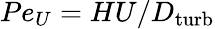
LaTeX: Pe_{U}=HU/D_{\mathrm{turb}}